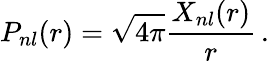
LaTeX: P_{nl}(r)=\sqrt{4\pi}\frac{X_{nl}(r)}{r}\, .